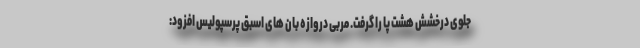
جلوی درخشش هشت پا را گرفت. مربی دروازه بان های اسبق پرسپولیس افزود: